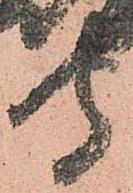
守